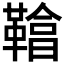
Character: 𩌞